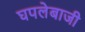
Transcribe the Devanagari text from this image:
घपलेबाजी